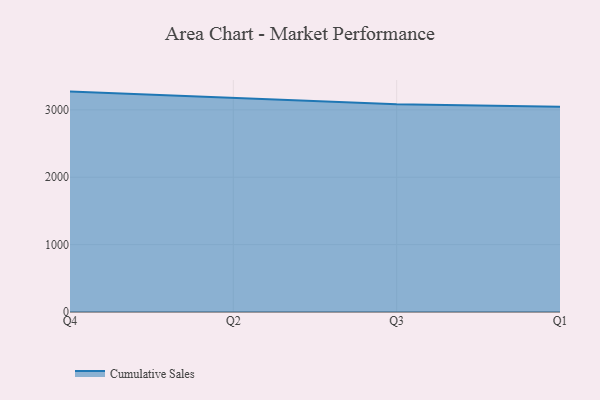
{"axis": {"x": "Quarter", "y": "Tickets Resolved"}, "legend": ["Cumulative Sales"], "data": [{"x": "Q4", "y": 3270.8, "type": "Cumulative Sales"}, {"x": "Q2", "y": 3176.6, "type": "Cumulative Sales"}, {"x": "Q3", "y": 3083.9, "type": "Cumulative Sales"}, {"x": "Q1", "y": 3045.2, "type": "Cumulative Sales"}]}